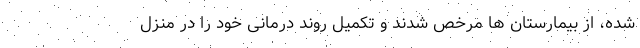
شده، از بیمارستان ها مرخص شدند و تکمیل روند درمانی خود را در منزل